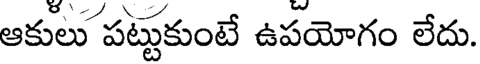
ఆకులు పట్టుకుంటే ఉపయోగం లేదు.